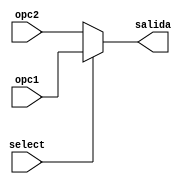

module Mux21 (
    input [31:0] opc1, //opcion numero 1
    input [31:0] opc2, //opcion numero 2
    input select, //Selector 
    output reg [31:0] salida //Salida que dara la opcion seleccionada 
);

always @(*) begin

    if (select == 1'b1) begin
        salida = opc1;
    end else begin
        salida = opc2;
    end
end
    
endmodule